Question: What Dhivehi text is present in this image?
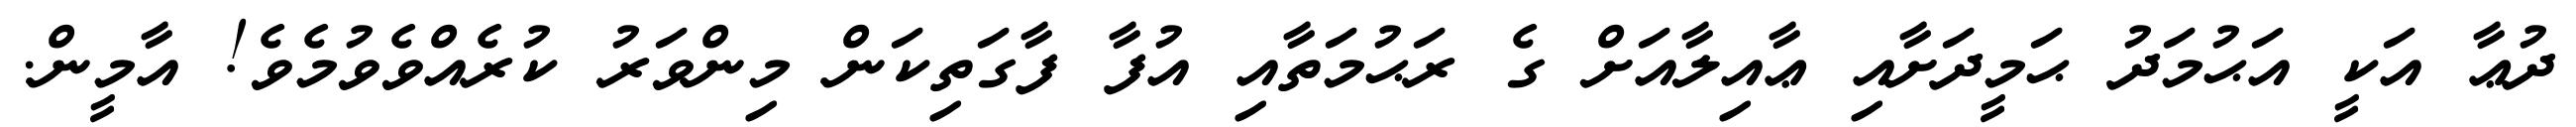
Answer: ދުޢާ އަކީ އަޙުމަދު ޙަމީދަށާއި ޢާއިލާއަށް ގެ ރަޙުމަތާއި އުފާ ފާގަތިކަން މިންވަރު ކުރެއްވެވުމެވެ! އާމީން.